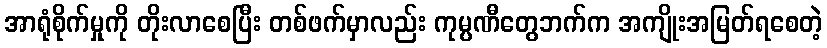
အာရုံစိုက်မှုကို တိုးလာစေပြီး တစ်ဖက်မှာလည်း ကုမ္ပဏီတွေဘက်က အကျိုးအမြတ်ရစေတဲ့